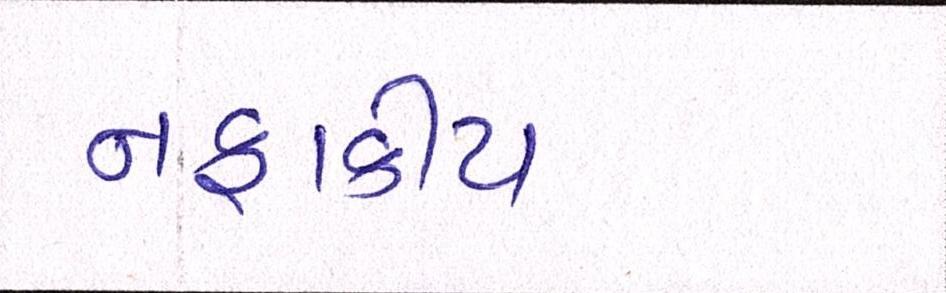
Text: નફાકીય